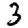
Digit: 3